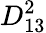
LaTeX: D_{13}^{2}